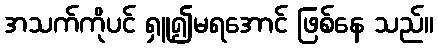
အသက်ကိုပင် ရှူ၍မရအောင် ဖြစ်နေ သည်။